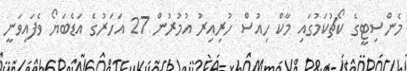
މެންސިޓީގެ ކޯޗުކަމުގައި މާކް ހިއުސް ހުރިއިރު އުމުރުން 27 އަހަރުގެ އަޑެބަޔޯ ވެފައިވަނީ